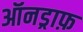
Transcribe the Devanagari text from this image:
ऑनड्राफ़